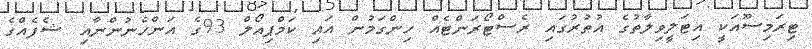
ޓިރަމިސޫއަކީ އިޓަލީވިލާތުގެ އުތުރުގައި ރެސްޓޯރަންޓެއް ހިންގަމުން އައި ކަމްޕިއޯލް 93ގެ އަންހެނުންނާއި ޝެފެއްގެ